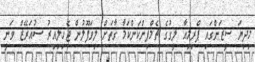
މިދިޔަ ސީޒަންގައި ޕްރިމިއާ ލީގުގެ ޗެމްޕިންކަންކަމާ ގާތަށް ލިވަޕޫލުން ޖެހިލިއިރު ސުއަރޭޒް ވަނީ